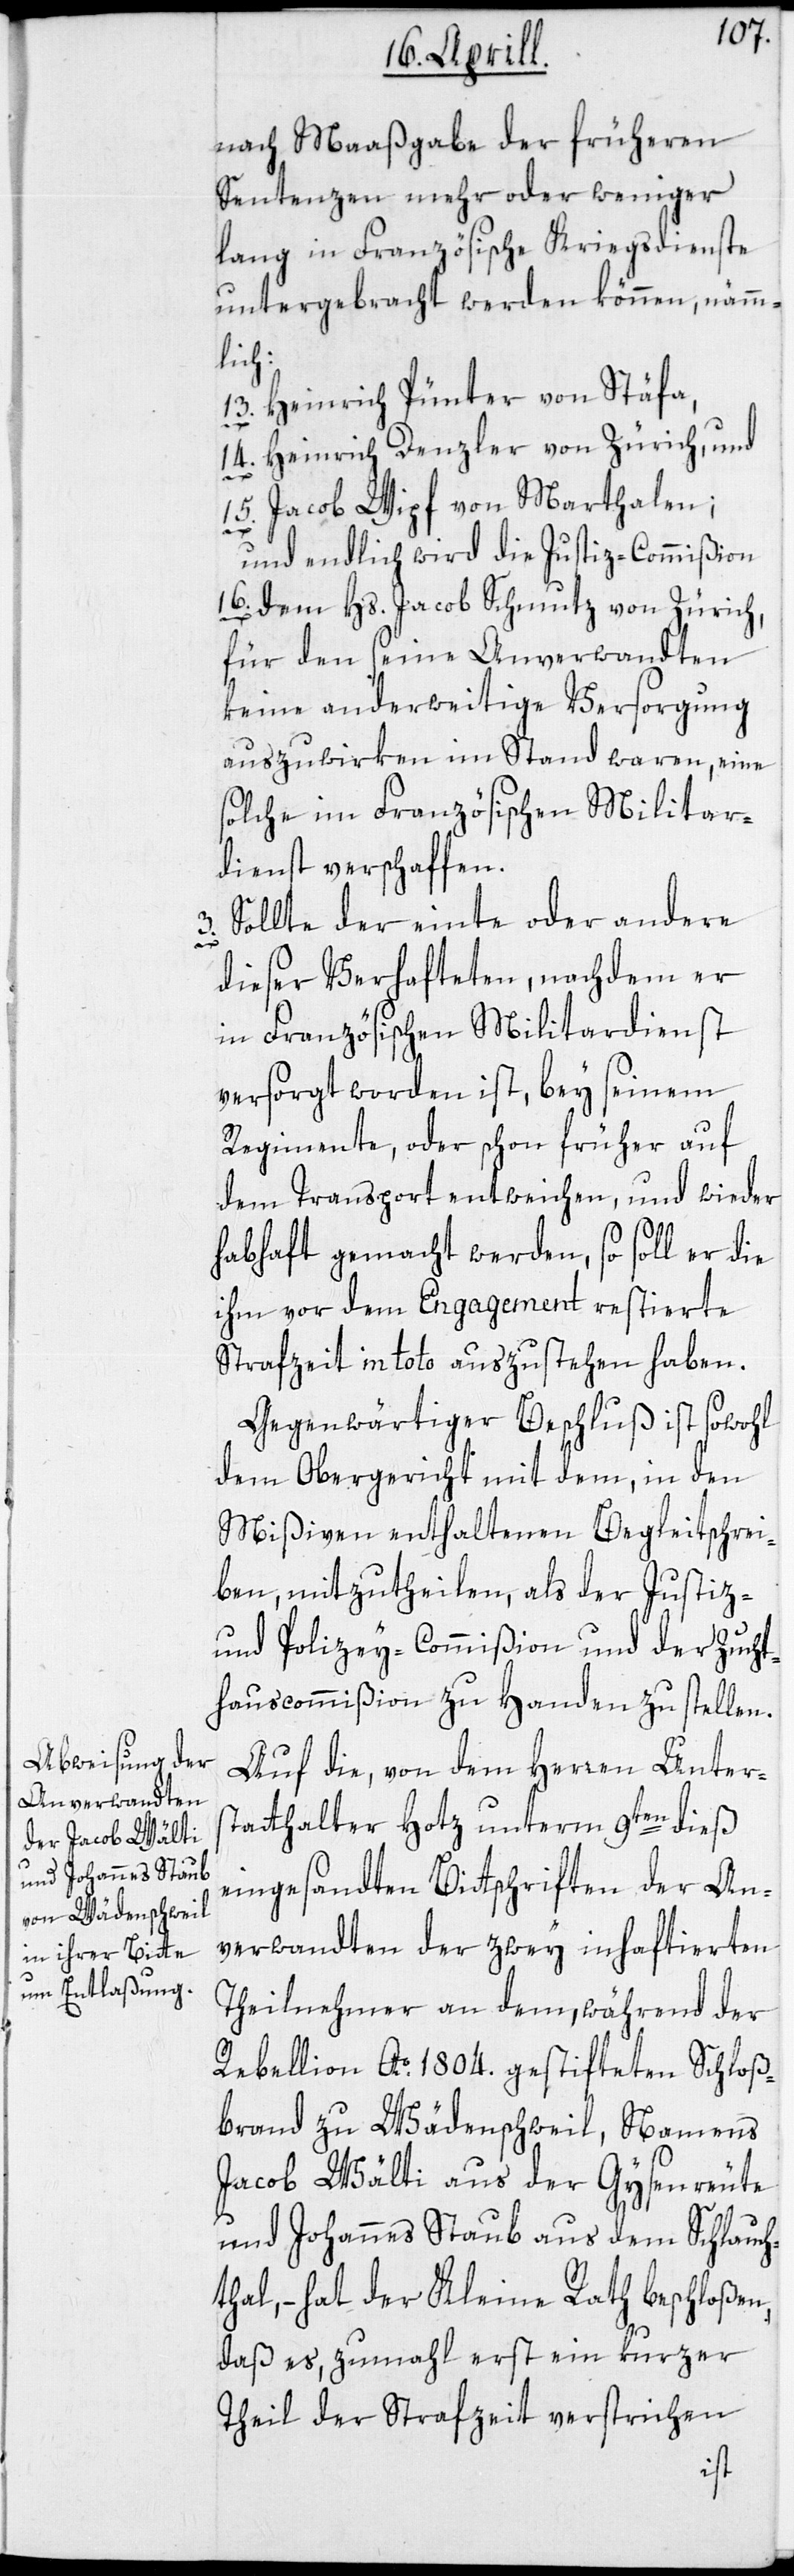
nach Maaßgaabe der früheren
Sentenzen mehr oder weniger
lang in Französische Kriegsdienste
untergebracht werden können, nämm¬
lich:
13. Heinrich Pünter von Stäfa,
14. Heinrich Denzler von Zürich, und
15. Jacob Wipf von Marthalen;
und endlich wird die Justizcommißion
16. dem Hs. Jacob Schmutz von Zürich,
für den seine Anverwandten
keine anderweitige Versorgung
auszuwirken im Stand waren, eine
solche im Französischen Militar¬
dienst verschaffen.
3. Sollte der einte oder andere
dieser Verhafteten, nachdem er
in Französischen Militardienst
versorgt worden ist, bey seinem
Regimente, oder schon früher auf
dem Transport entweichen, und wieder
habhaft gemacht werden, so soll er die
ihm vor dem Engagement restierte
Strafzeit in toto auszustehen haben.
Gegenwärtiger Beschluß ist sowohl
dem Obergericht mit dem, in den
Mißiven enthaltenen Begleitschrei¬
ben, mitzutheilen, als der Justiz-
und Polizey-Commißion und der Zucht¬
hauscommißion zu Handen zu stellen.
Auf die, von dem Herren Unters¬
tatthalter Hotz unterm 9ten dieß
eingesandten Bittschriften der An¬
verwandten der zwey inhaftierten
Theilnehmer an dem, während der
Rebellion Ao 1804. gestifteten Schloß¬
brand zu Wädenschweil, Namens
Jacob Wälti aus der Gysenreute
und Johannes Staub aus dem Schlauch¬
thal, – hat der Kleine Rath beschloßen,
daß es, zumahl erst ein kurzer
Theil der Strafzeit verstrichen